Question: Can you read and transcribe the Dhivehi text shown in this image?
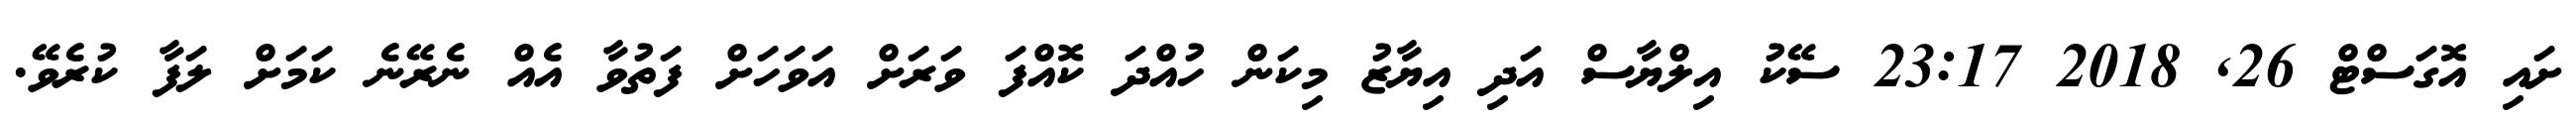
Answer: ށައި އޮގަސްޓް 26, 2018 23:17 ސޭކު އިލްޔާސް އަދި އިޔާޒު މިކަން ހުއްދަ ކޮއްފަ ވަރަށް އަވަހަށް ފަތުވާ އެއް ނެރޭނެ ކަމަށް ލަފާ ކުރެވޭ.